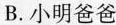
B.小明爸爸